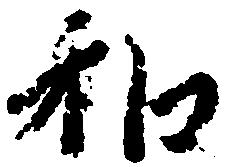
和